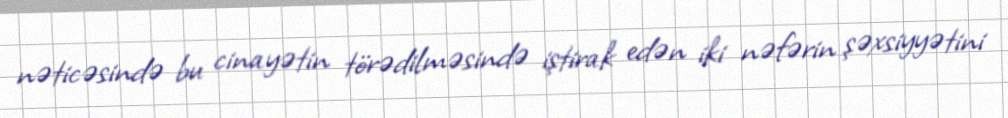
nəticəsində bu cinayətin törədilməsində iştirak edən iki nəfərin şəxsiyyətini